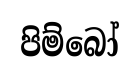
පිම්බෝ